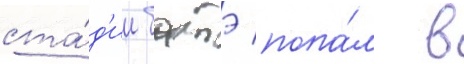
ста́д'ии батэ попа́л в